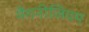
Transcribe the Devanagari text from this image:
मैंगनीजियम